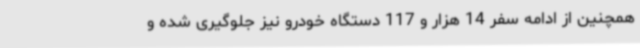
همچنین از ادامه سفر 14 هزار و 117 دستگاه خودرو نیز جلوگیری شده و